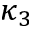
\kappa _ { 3 }